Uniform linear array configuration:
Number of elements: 32
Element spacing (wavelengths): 0.5
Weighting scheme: hann
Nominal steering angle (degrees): -45
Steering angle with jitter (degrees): -45.763
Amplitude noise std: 0.05
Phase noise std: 0.05

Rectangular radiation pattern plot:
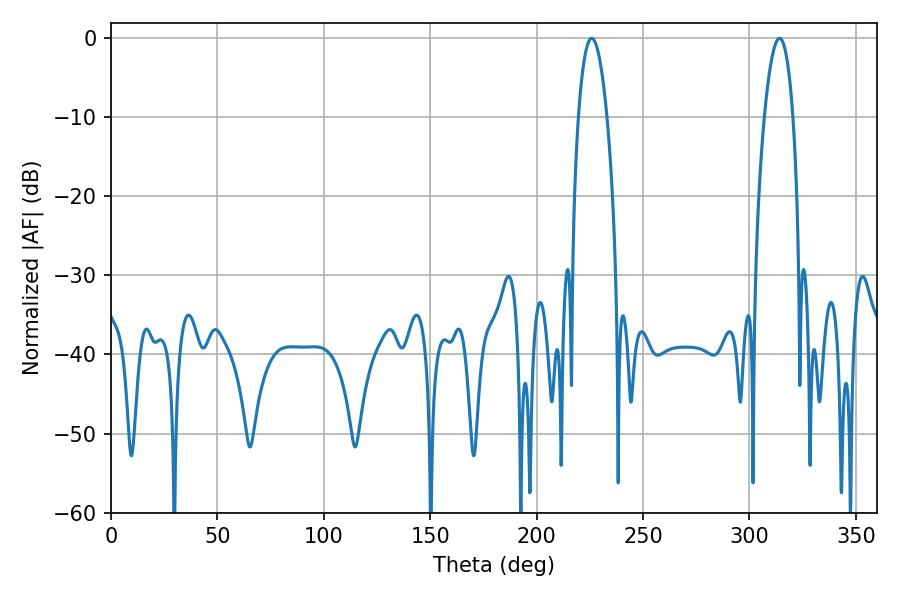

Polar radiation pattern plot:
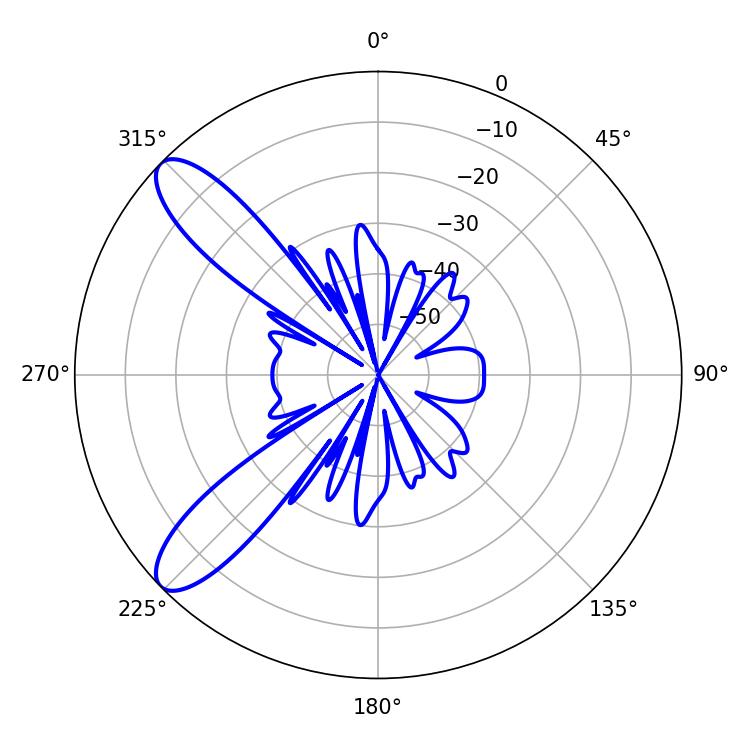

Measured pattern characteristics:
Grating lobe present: FALSE
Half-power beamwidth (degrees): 7.38
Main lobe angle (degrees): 225.9